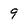
Character: 9